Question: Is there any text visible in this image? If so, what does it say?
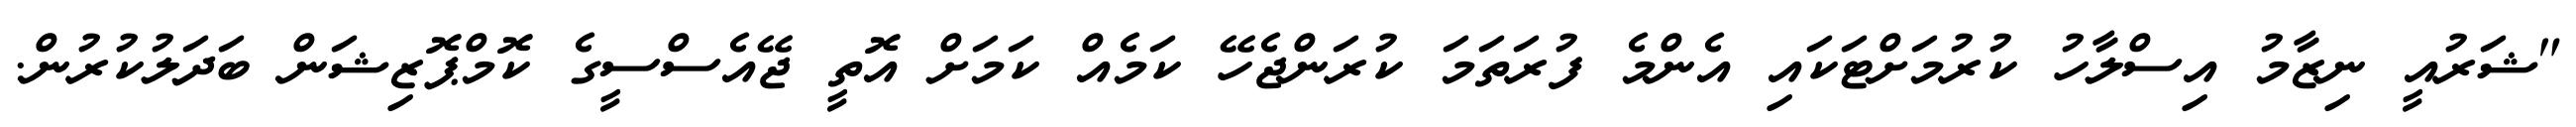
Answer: "ޝަރުއީ ނިޒާމު އިސްލާހު ކުރުމަށްޓަކައި އެންމެ ފުރަތަމަ ކުރަންޖެހޭ ކަމެއް ކަމަށް އޮތީ ޖޭއެސްސީގެ ކޮމްޕޮޒިޝަން ބަދަލުކުރުން.